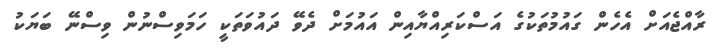
ރާއްޖެއަށް އެހެން ގައުމުތަކުގެ އަސްކަރިއްޔާއިން އައުމަށް ދެވޭ ދައުވަތަކީ ހަމަވިސްނުން ވިސްނޭ ބަޔަކު